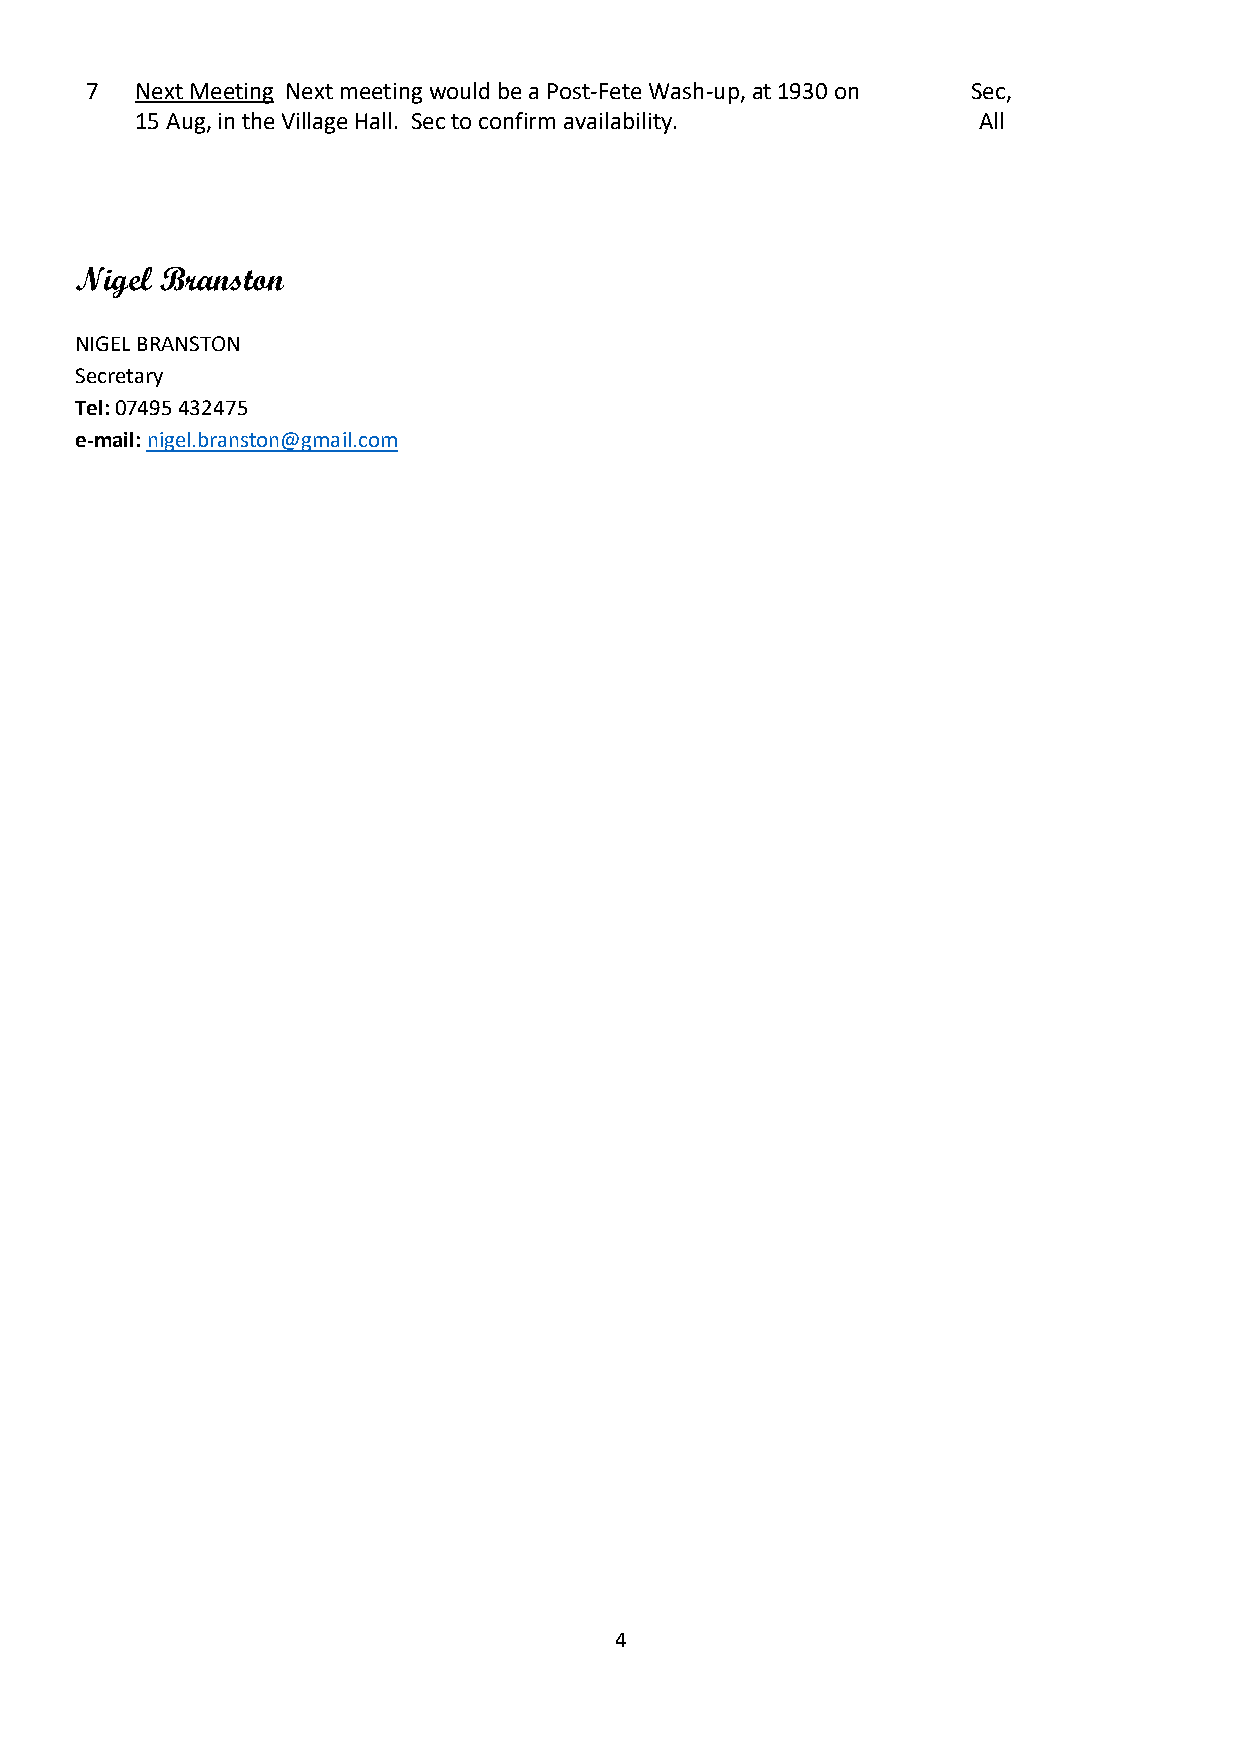
7  Next Meeting Next meeting would be a Post-Fete Wash-up, at 1930 on Sec,
 15 Aug, in the Village Hall. Sec to confirm availability. All
 Nigel Branston
 NIGEL BRANSTON
 Secretary
 Tel: 07495 432475
 e-mail: nigel.branston@gmail.com
 4